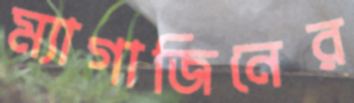
ম্যাগাজিনের